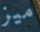
ميز